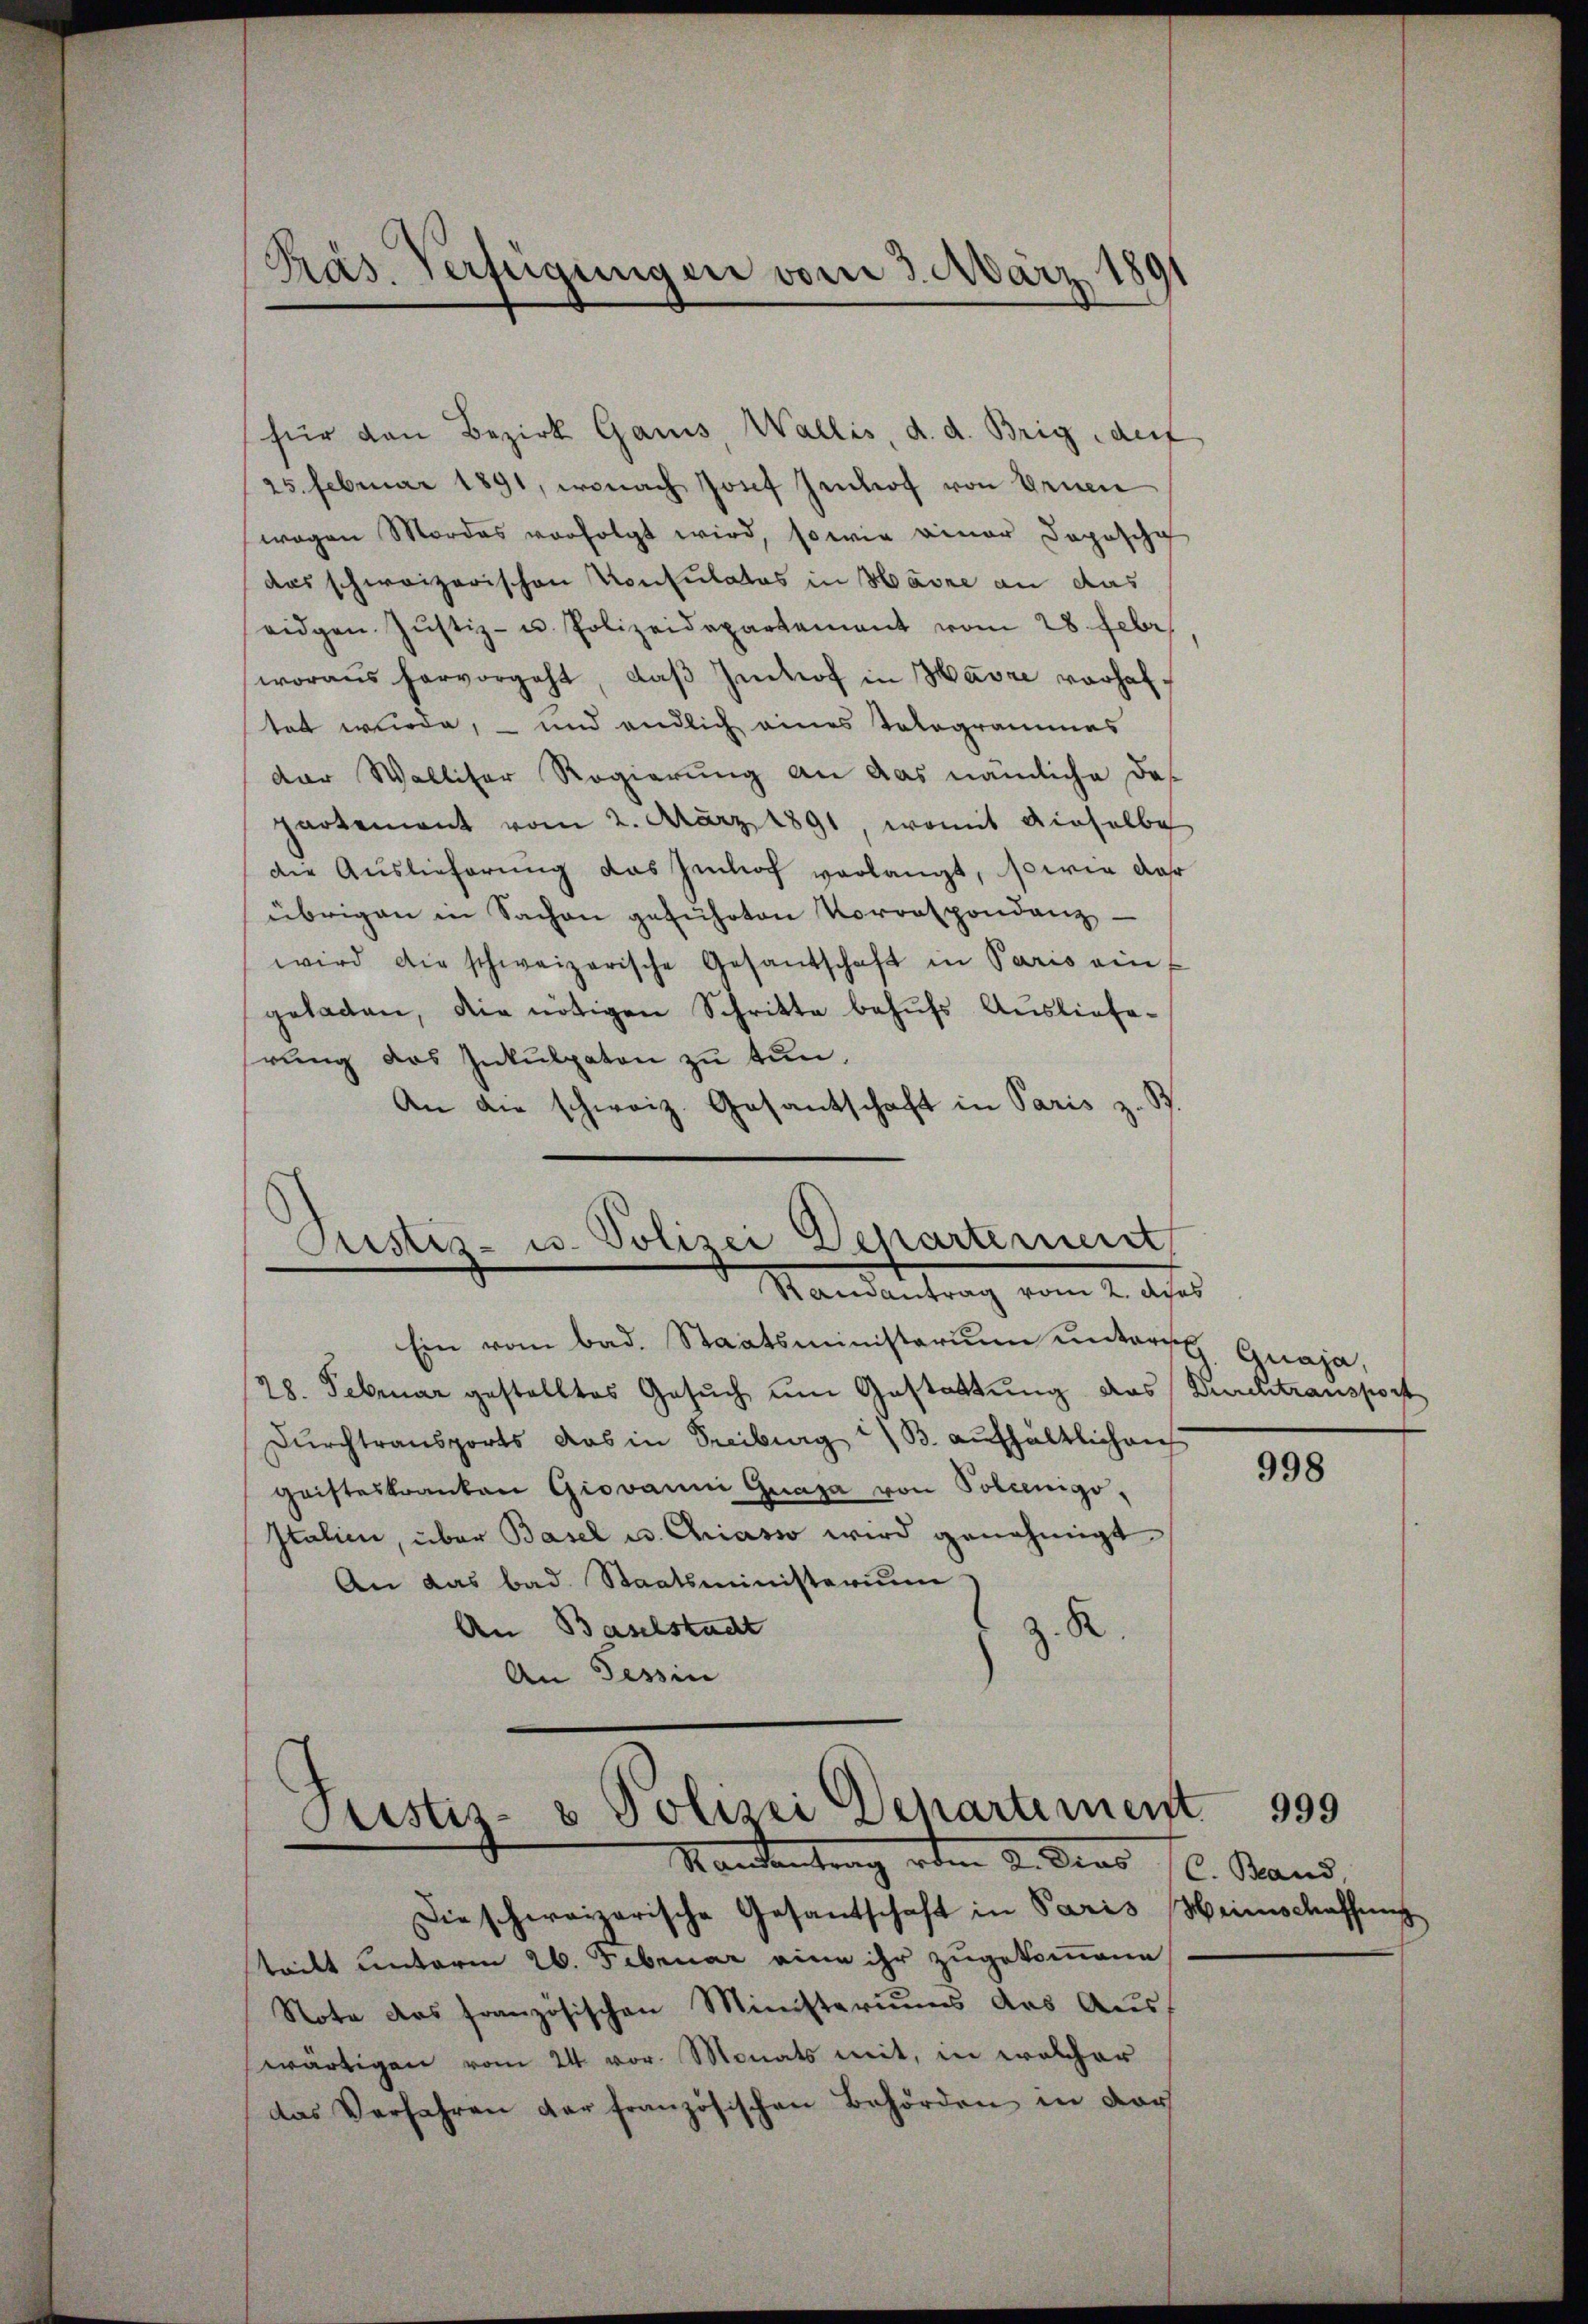
Präs. Verfügungen vom 3. März 189

für den Bezirk Gans Wallis, d. d. Brig derf
25. Februar 1891, wonach Josef Zentraf von Ernen
wegen Mordes verfolgt wird, so wie einer Dopische
das schweizerischen Konsulatos in Harze an das
eidgen. Jŭstiz- u. Polizeidepartement vom 28. Febr.
woraus hervorgeht, daβ Jukof in Havre vorhaltet wurde, – und endlich eines Tologrammes
der Walliser Regierung an das nämliche das
partement vom 2. März 1891, womit dieselbe
die Auslieferung das Jedoch verlangt, sowie dar
übrigen in Sachen geführten Vorrespondenz
wird die schweizerische Gesandschaft in Paris einf
geladen, die nötigen Schritte behŭfs Auslieferung das Inkulpaten zu tun.
An die schweiz. Gesantschaft in Paris z
Justiz- u. Polizei Departement
Ramantrag vom 2. Aps
Ein vom bad. Staatsministerium unters Quaja,
(28. Februar gestelltes Gesŭch um Gestattung das Durchtransport
Durchtransports das in Freiburg i. B. aufhältlichen
gaisteskranken Giovanni Grasa von Polienigo,
Italien, über Basel u. Chriasso wird genehmigt
An das bad. Staatsministerium
An Baselstadt
z. R.
An Tessin
Justiz- & Polizei Departement

Mandentrag vom 2. Dens

Die schweizerische Gesantschaft in Paris Heimschaffung
tritt unterm 26. Februar eine ihr zugekommene
Note des französischen Ministeriums das Aus-
wärtigen vom 24. vor. Monats mit, in welcher
das Verfahren der französischen Behörden in der

998

C. Band,

999